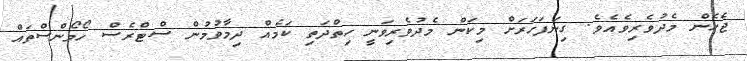
ޖެހެން މެދުވެރިވެއެވެ. ގިނަފަހަރަށް މިކަން މެދުވެރިވަނީ ހިތްދަތި ކަމެއް ދިމާވުމުން ސްޓްރެސް ހޯމޯންސްތައް